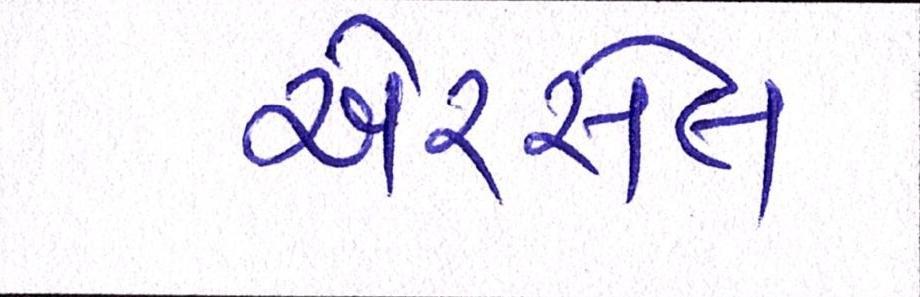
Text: એરસેલ